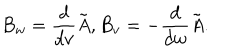
LaTeX: B _ { w } = { \frac { d } { d v } } \tilde { { \it A } } , B _ { v } = - { \frac { d } { d w } } \tilde { { \it A } } .